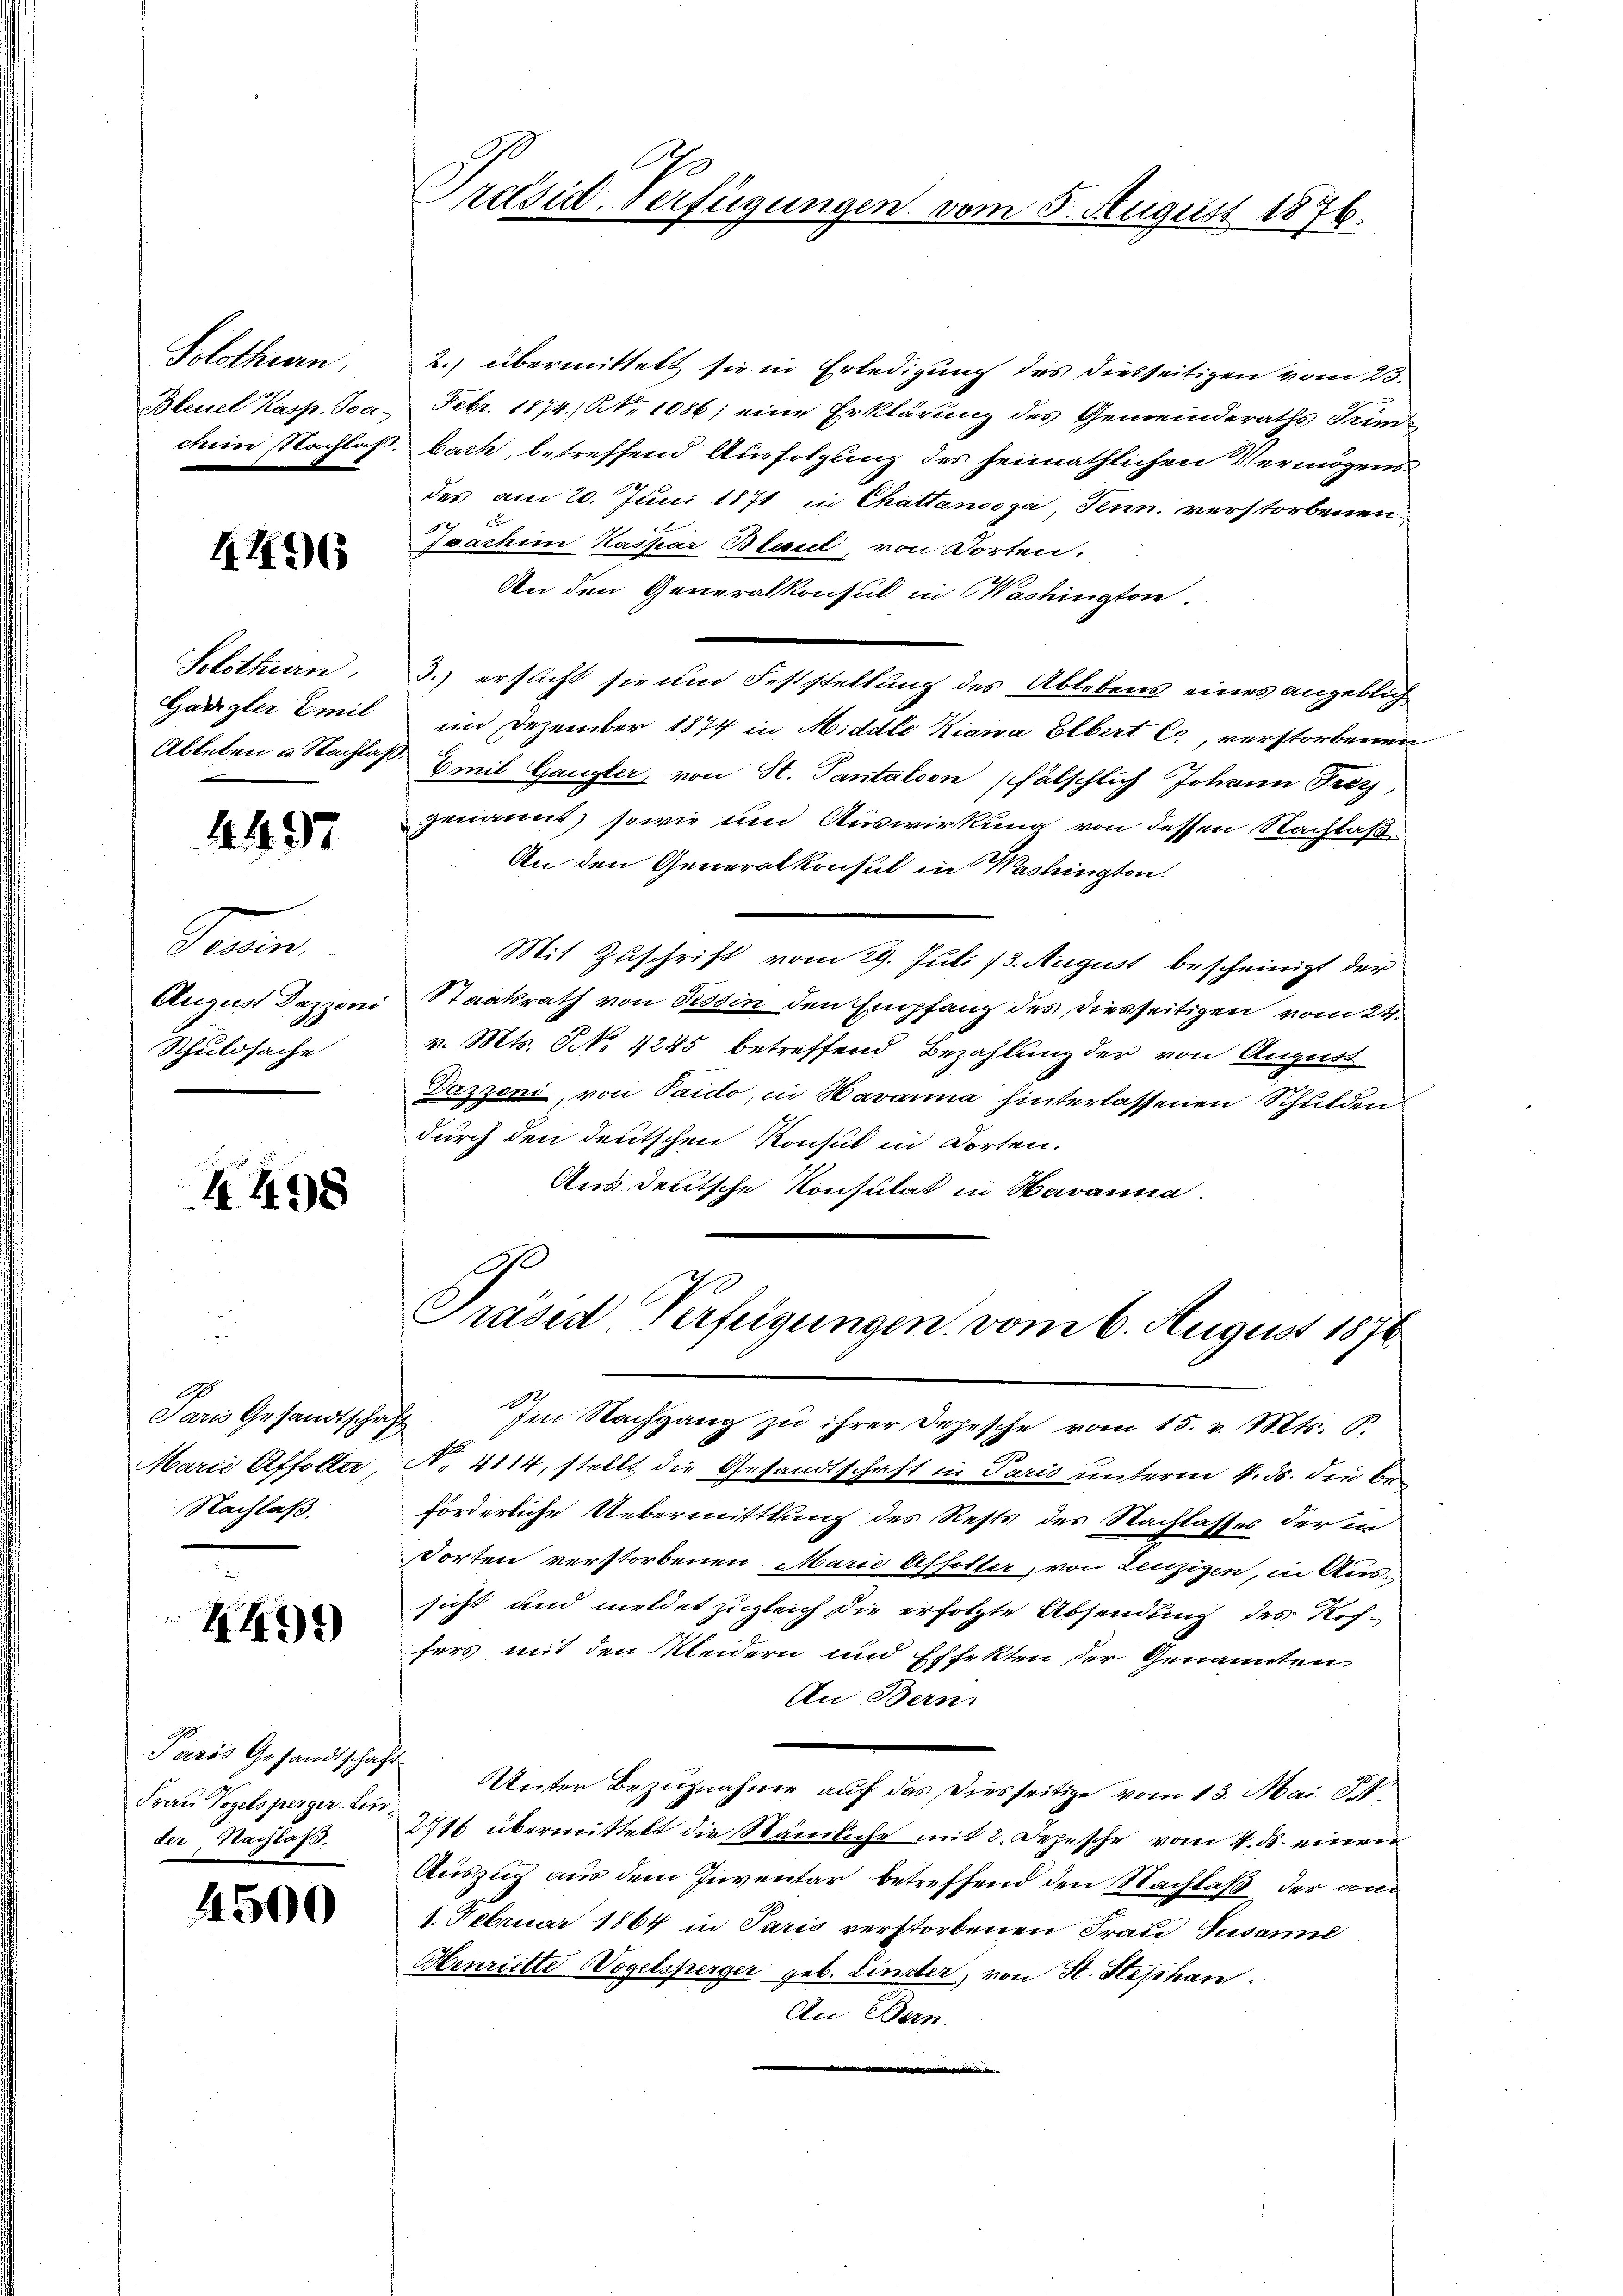
Solothurn,
Bleuel Kasp. Joa

4496

Solothurn,
Gaiigler Emil
Ableben u. Nachlass

4497

Train,
August Dazzoni
Schuldsache

4498

A
Paris Gesandtschaft
Marie Affolter,
Nachlaß

HH

Parös Gesandtschaft
Frau Vogelsperger-Linder Nachlaß.

4500

Präsid-Verfügungen vom 5. August 1876.

2.) übermittelt sie in Erledigung des diesseitigen vom 23.
Febr. 1874. No 1086) eine Erklärung des Gemeinderaths Trinchem Nachlaß. bach, betreffend Ausfolgung des heimathlichen Vermögens
des am 20. Juni 1871 in Chattensoga, Tenn. verstorbenen
d
ssachen Kaspar Blauel, von dorten.
An den Generalkonsul in Washington.
3.) ersucht sie und Feststellung des Ablebens eines angeblich
im Dezember 1874 in Middle Kiawa Elbert es, verstorbenen
1
Emil Gangler, von St. Pantation fälschlich Johann Frey,
genannt, sowie und Auswirkung von dessen Nachlaß¬
An den Generalkonsul in Washington.
Mit Zuschrift vom 29. Juli 13. August bescheinigt der
Staatsrath von Tessin den Empfang des diesseitigen vom 24.
v. Mts. NNo. 4245 betreffend Bezahlung der von August
Dazzoni, von Paido, in Havanna hinterlassenen Schulden
durch den deutschen Konsul in Dorten.
Aus deutsche Konsulat in Navanna.
Präses Verfügungen vom 6. August 1876
Im Nachgang zu ihrer Depesche vom 15. v. Mts. B.
N. 4114, stellt die Gesandtschaft in Paris unterm 4. ds. die beforderliche Uebermittlung des Rests des Nachlasses der in
Torten verstorbenen Marie Affolter, von Leuzigen, in Aussicht und meldet zugleich die erfolgte Absendung des Roh-
fers mit den Kleidern und Effekten der Genannten
An Bern.
Unter Bezugnahme auf das Diesseitige vom 13. Mai d.
2716 übermittelt die Stämliche mit 2. Depesche vom 4. ds. einen
Auszug aus dem Inventar betreffend den Nachlaß der an
1. Februar 1864 in Paris verstorbenen Frau Susanne
Henriette Wogelsperger geb. Linier, von St. Stephan
An Bern.